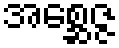
အစ္ဆေဇ္ဇ